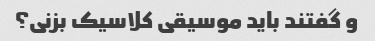
و گفتند باید موسیقی کلاسیک بزنی؟